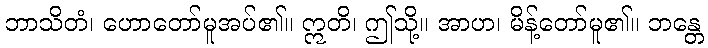
ဘာသိတံ၊ ဟောတော်မူအပ်၏။ ဣတိ၊ ဤသို့။ အာဟ၊ မိန့်တော်မူ၏။ ဘန္တေ